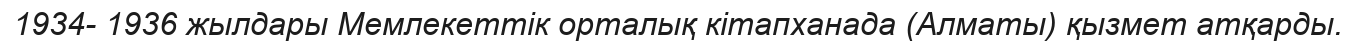
1934- 1936 жылдары Мемлекеттік орталық кітапханада (Алматы) қызмет атқарды.